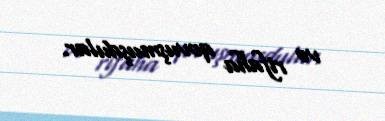
və rifaha qovuşmuşdular.